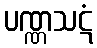
ပဏ္ဏသဋံ